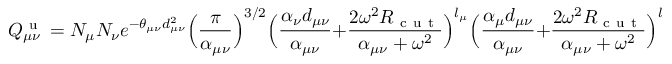
Q _ { \mu \nu } ^ { \mathrm { ~ u ~ } } = N _ { \mu } N _ { \nu } e ^ { - \theta _ { \mu \nu } d _ { \mu \nu } ^ { 2 } } \Big ( \frac { \pi } { \alpha _ { \mu \nu } } \Big ) ^ { 3 / 2 } \Big ( \frac { \alpha _ { \nu } d _ { \mu \nu } } { \alpha _ { \mu \nu } } + \frac { 2 \omega ^ { 2 } R _ { \mathrm { ~ c ~ u ~ t ~ } } } { \alpha _ { \mu \nu } + \omega ^ { 2 } } \Big ) ^ { l _ { \mu } } \Big ( \frac { \alpha _ { \mu } d _ { \mu \nu } } { \alpha _ { \mu \nu } } + \frac { 2 \omega ^ { 2 } R _ { \mathrm { ~ c ~ u ~ t ~ } } } { \alpha _ { \mu \nu } + \omega ^ { 2 } } \Big ) ^ { l _ { \nu } }